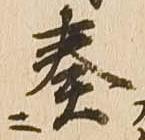
奏